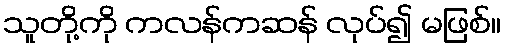
သူတို့ကို ကလန်ကဆန် လုပ်၍ မဖြစ်။